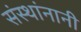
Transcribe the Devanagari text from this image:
संस्थांनानी